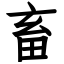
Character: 畜